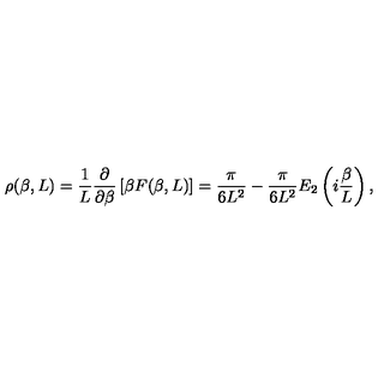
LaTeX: \rho ( \beta , L ) = \frac { 1 } { L } \frac { \partial } { \partial \beta } \left[ \beta F ( \beta , L ) \right] = \frac { \pi } { 6 L ^ { 2 } } - \frac { \pi } { 6 L ^ { 2 } } E _ { 2 } \left( i \frac { \beta } { L } \right) ,